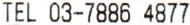
TEL 03-7886 4877